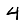
Digit: 4